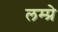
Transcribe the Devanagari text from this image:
लम्प्रे